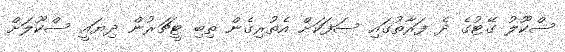
ސްކޫލު ގޭޓުގެ ދެ ފަރާތުގައި ސަފަކަށް އެތުރިގެން ތިބި ޓީޗަރުން ދިޔައީ ސްކޫލަށް